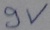
Text: 9V